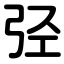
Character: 弪